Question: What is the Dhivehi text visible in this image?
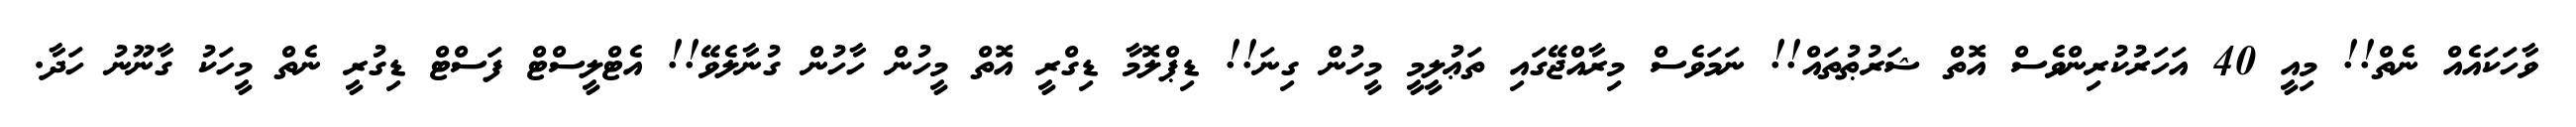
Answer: ވާހަކައެއް ނެތް!! މިއީ 40 އަހަރުކުރިންވެސް އޮތް ޝަރުޠުތައް!! ނަމަވެސް މިރާއްޖޭގައި ތަޢުލީމީ މީހުން ގިނަ!! ޑިޕްލޮމާ ޑިގްރީ އޮތް މީހުން ހާހުން ގުނާލެވޭ!! އެޓްލީސްޓް ފަސްޓް ޑިގުރީ ނެތް މީހަކު ގާނޫނު ހަދާ.